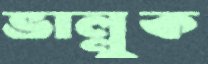
ভাল্লুক